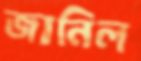
জানিল